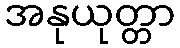
အနုယုတ္တာ